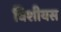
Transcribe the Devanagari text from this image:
विशीयस